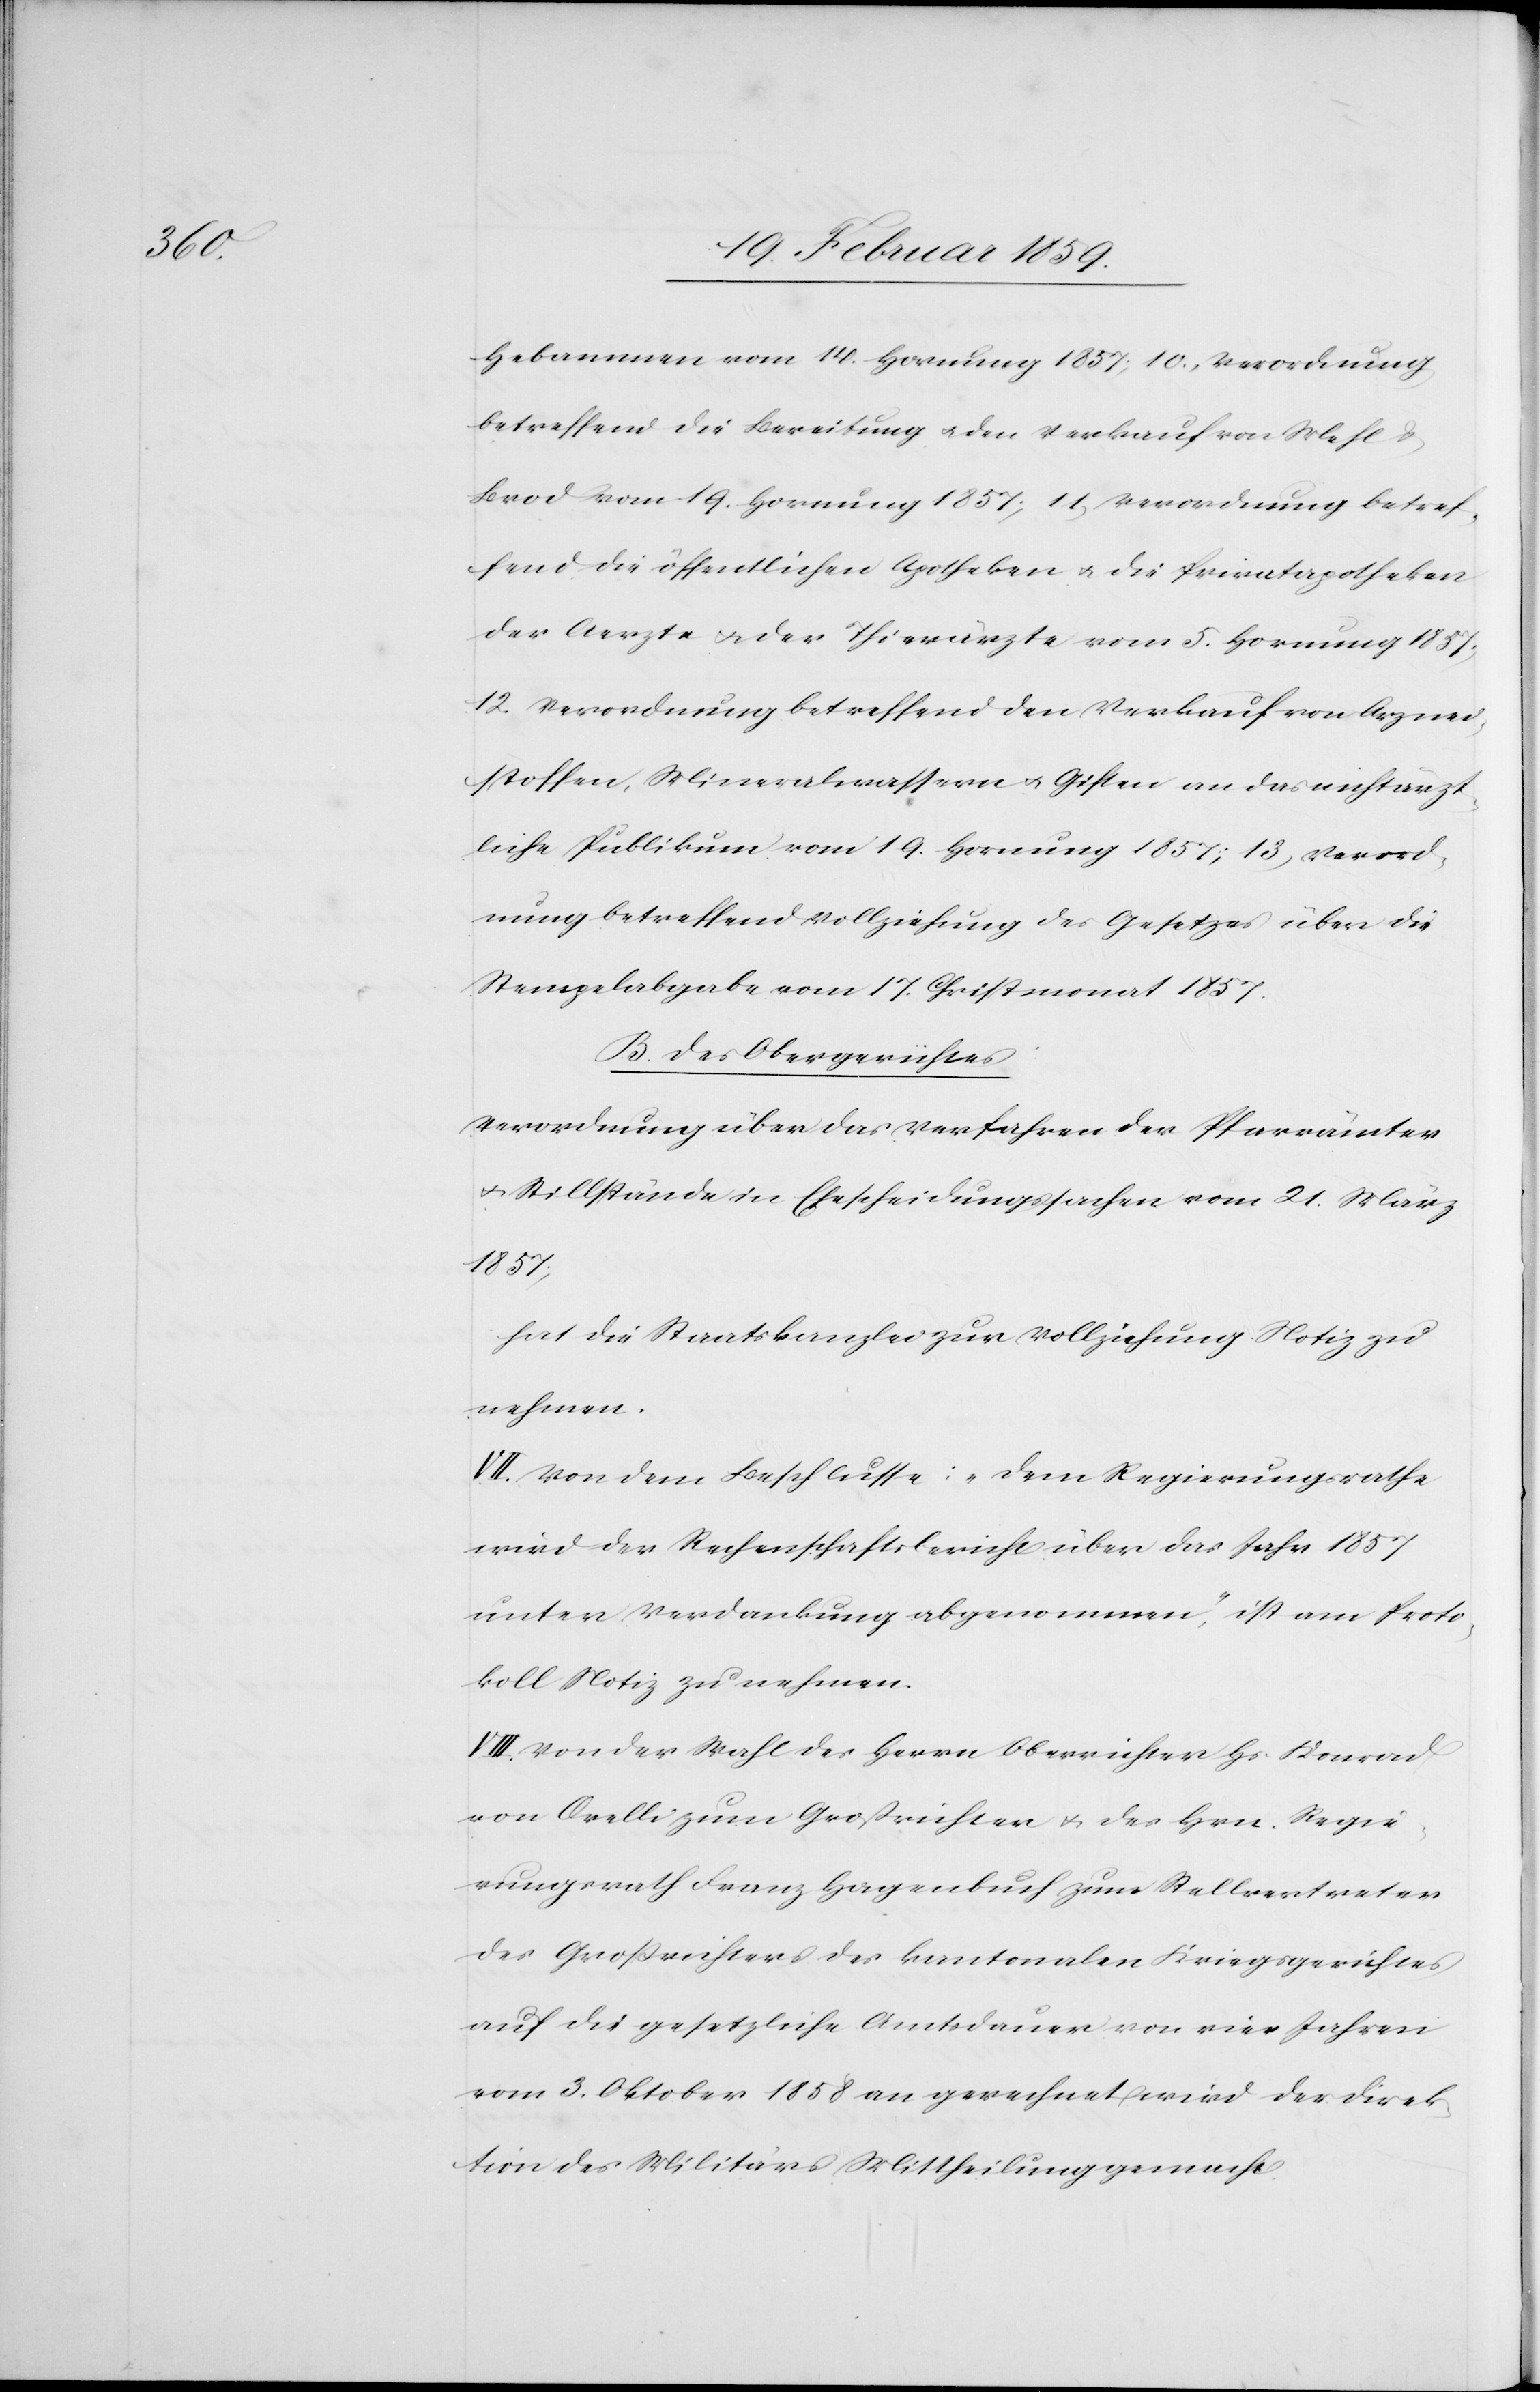
Hebammen vom 14. Hornung 1857; 10) Verordnung
betreffend die Bereitung u. den Verkauf von Mehl &
Brod vom 19. Hornung 1857; 11) Verordnung betref¬
fend die öffentlichen Apotheken u. die Privatapotheken
der Aerzte u. der Thierärzte vom 5. Hornung 1857;
12) Verordnung betreffend den Verkauf von Arznei¬
stoffen, Mineralwassern u. Giften an das nichtärzt¬
liche Publikum vom 19. Hornung 1857; 13) Verord¬
nung betreffend Vollziehung des Gesetzes über die
Stempelabgabe vom 17. Christmonat 1857.
B. des Obergerichtes:
Verordnung über das Verfahren der Pfarrämter
u. Stillstände in Ehescheidungssachen vom 21. März
1857;
hat die Staatskanzlei zur Vollziehung Notiz zu
nehmen.
VII. Von dem Beschlusse: „dem Regierungsrathe
wird der Rechenschaftsbericht über das Jahr 1857
unter Verdankung abgenommen“, ist am Proto¬
koll Notiz zu nehmen.
VIII. Von der Wahl des Herrn Oberrichter Hr. Konrad
von Orelli zum Großrichter u. des Hrn. Regie¬
rungsrath Franz Hagenbuch zum Stellvertreter
des Großrichters des kantonalen Kriegsgerichtes
auf die gesetzliche Amtsdauer von vier Jahren
vom 3. Oktober 1858 an gerechnet wird der Direk¬
tion des Militärs Mittheilung gemacht.